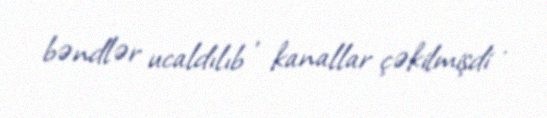
bəndlər ucaldılıb , kanallar çəkilmişdi .